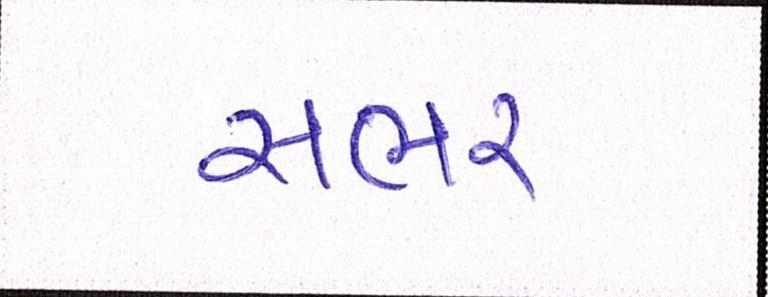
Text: સભર